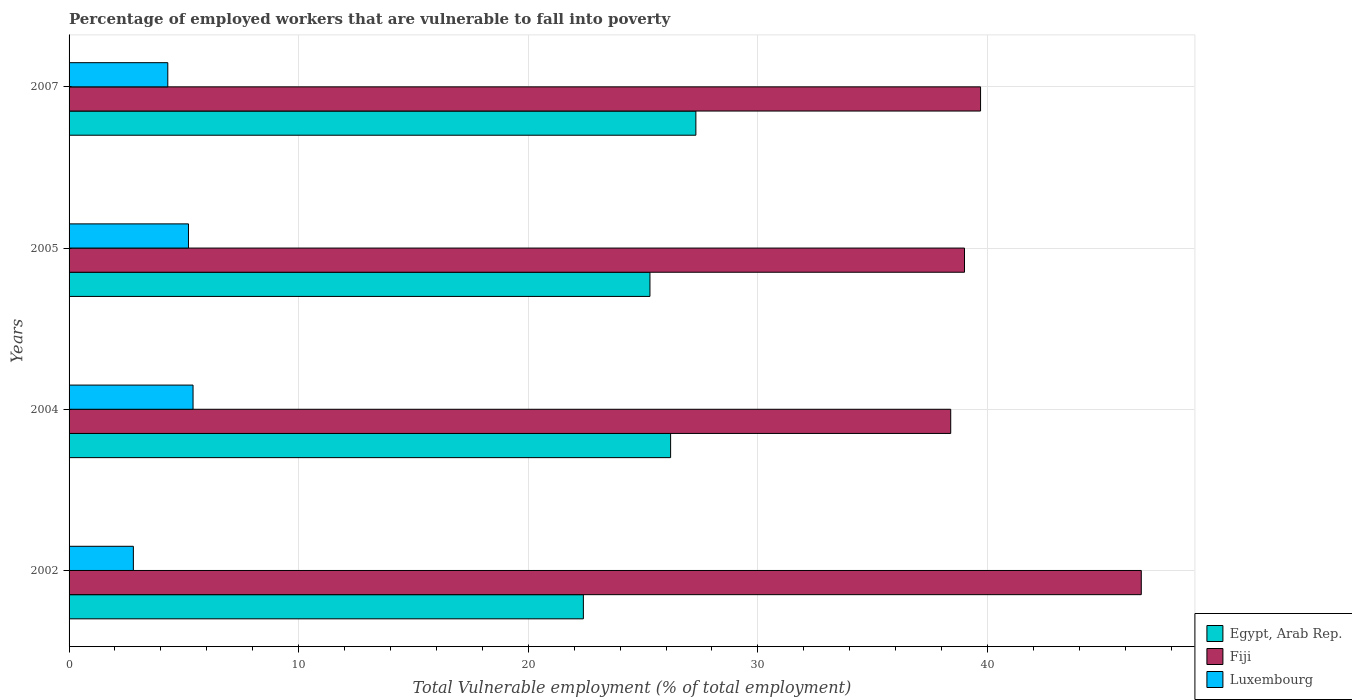
| Years | Egypt, Arab Rep. | Fiji | Luxembourg |
 | --- | --- | --- | --- |
 | 2002 | 22.4 | 46.7 | 2.8 |
 | 2004 | 26.2 | 38.4 | 5.4 |
 | 2005 | 25.3 | 39 | 5.2 |
 | 2007 | 27.3 | 39.7 | 4.3 |